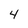
Character: 4